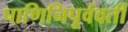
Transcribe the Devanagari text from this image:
पाणिनिपूर्ववर्ती